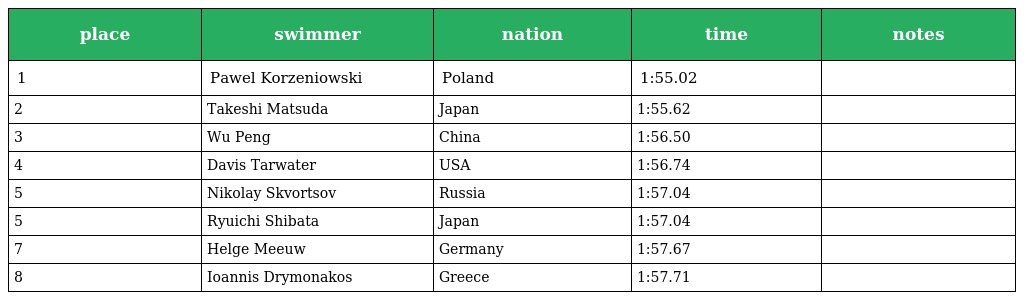
| place | swimmer | nation | time | notes |
 | --- | --- | --- | --- | --- |
 | 1 | Pawel Korzeniowski | Poland | 1:55.02 |  |
 | 2 | Takeshi Matsuda | Japan | 1:55.62 |  |
 | 3 | Wu Peng | China | 1:56.50 |  |
 | 4 | Davis Tarwater | USA | 1:56.74 |  |
 | 5 | Nikolay Skvortsov | Russia | 1:57.04 |  |
 | 5 | Ryuichi Shibata | Japan | 1:57.04 |  |
 | 7 | Helge Meeuw | Germany | 1:57.67 |  |
 | 8 | Ioannis Drymonakos | Greece | 1:57.71 |  |